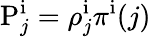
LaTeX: \mathrm{P}_{j}^{\mathrm i}=\rho_{j}^{\mathrm i}\pi^{\mathrm i}(j)